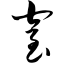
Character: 窒